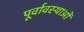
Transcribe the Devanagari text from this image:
पूर्वावस्थाओं